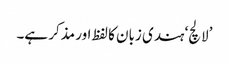
’لالچ‘ ہندی زبان کا لفظ اور مذکر ہے۔